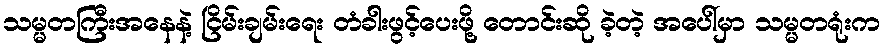
သမ္မတကြီးအနေနဲ့ ငြိမ်းချမ်းရေး တံခါးဖွင့်ပေးဖို့ တောင်းဆို ခဲ့တဲ့ အပေါ်မှာ သမ္မတရုံးက